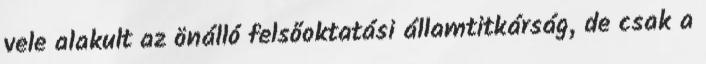
vele alakult az önálló felsőoktatási államtitkárság, de csak a